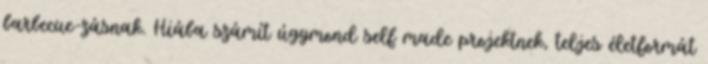
barbecue-zásnak. Hiába számít úgymond self made projektnek, teljes életformát